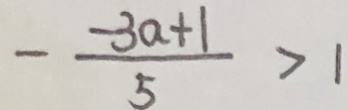
- \frac { - 3 a + 1 } { 5 } > 1